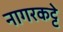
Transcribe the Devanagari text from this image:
नागरकट्टे